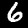
Digit: 6